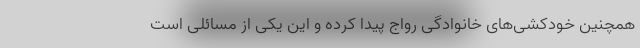
همچنین خودکشی‌های خانوادگی رواج پیدا کرده و این یکی از مسائلی است